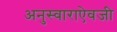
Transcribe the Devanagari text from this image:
अनुस्वाराऐवजी